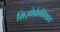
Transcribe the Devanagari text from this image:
सिज़ोफ्रेनियाव